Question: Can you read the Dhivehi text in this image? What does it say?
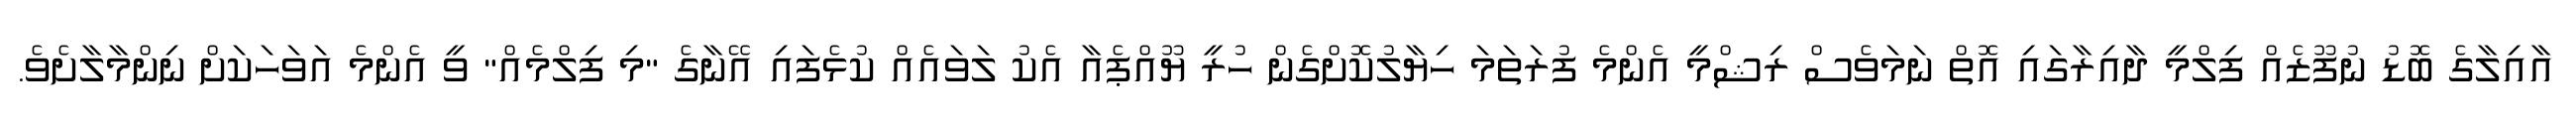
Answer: އާއިލާގެ ބޮޑު ނުފޫޒެއް ފިލްމީ ދާއިރާގައި އޮތް ނަމަވެސް ރިޝްމީ އެންމެ ފުރަތަމަ ހިޔާލުކޮށްގެން ހުރީ ޔޫއްޕެއާ އެކު ލަވައެއް ކުޅެފައި އޭނާގެ "މި ފިލްމެއް" ވީ އެންމެ އަވަހަކަށް ނިންމާލާށެވެ.